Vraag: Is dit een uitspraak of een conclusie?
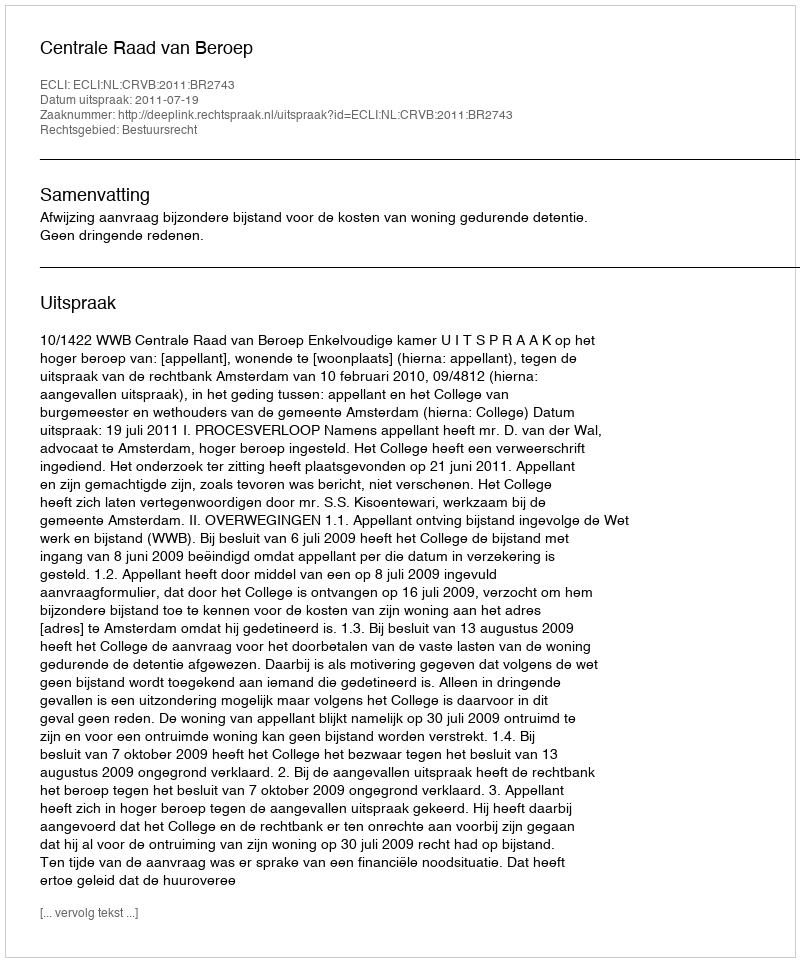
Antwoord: Uitspraak